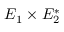
E _ { 1 } \times E _ { 2 } ^ { * }